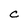
Character: C